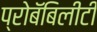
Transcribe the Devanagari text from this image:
प्रोबॅबिलीटी